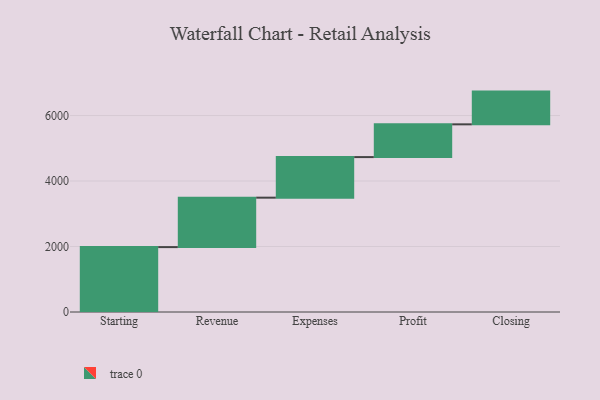
{"axis": {"x": "Step", "y": "Value"}, "legend": [""], "data": [{"x": "Starting", "y": 1982.0, "type": ""}, {"x": "Revenue", "y": 1510.0, "type": ""}, {"x": "Expenses", "y": 1239.0, "type": ""}, {"x": "Profit", "y": 1000, "type": ""}, {"x": "Closing", "y": 1000, "type": ""}]}